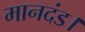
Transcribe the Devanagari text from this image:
मानदंड।